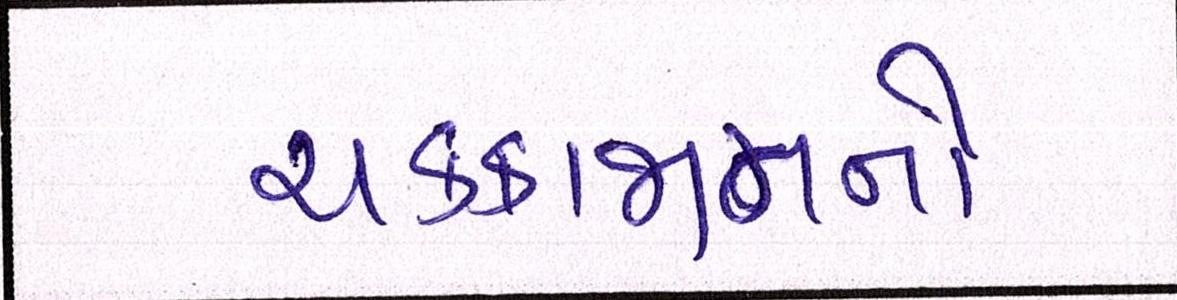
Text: ચક્કાજામનો